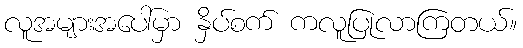
လူအများအပေါ်မှာ နှိပ်စက် ကလူပြုလာကြတယ်။